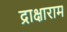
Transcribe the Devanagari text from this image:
द्राक्षाराम